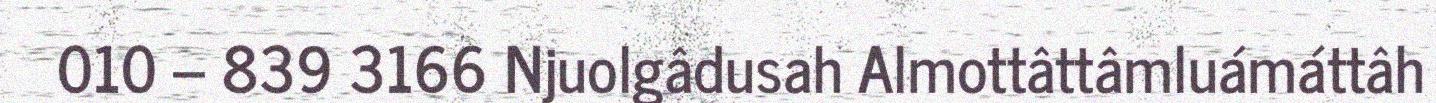
010 – 839 3166 Njuolgâdusah Almottâttâmluámáttâh